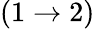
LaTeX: (1\rightarrow 2)